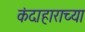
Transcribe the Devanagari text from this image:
कंदाहाराच्या